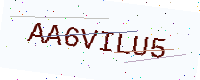
Text: AA6VILU5